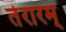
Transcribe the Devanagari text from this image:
तेरारम्‌